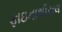
ફાઇનાશીયલ